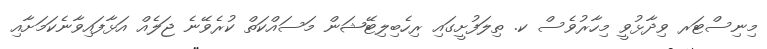
މިނިސްޓަރ ވިދާޅުވީ މިހާރުވެސް ކ. ތިލަފުށީގައި ރިހެބިލިޓޭޝަން މަސައްކަތް ކުރެވޭނެ ޖަލެއް އަޅާފައިވާނެކަމަށާއި